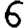
Digit: 6